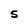
Character: 5